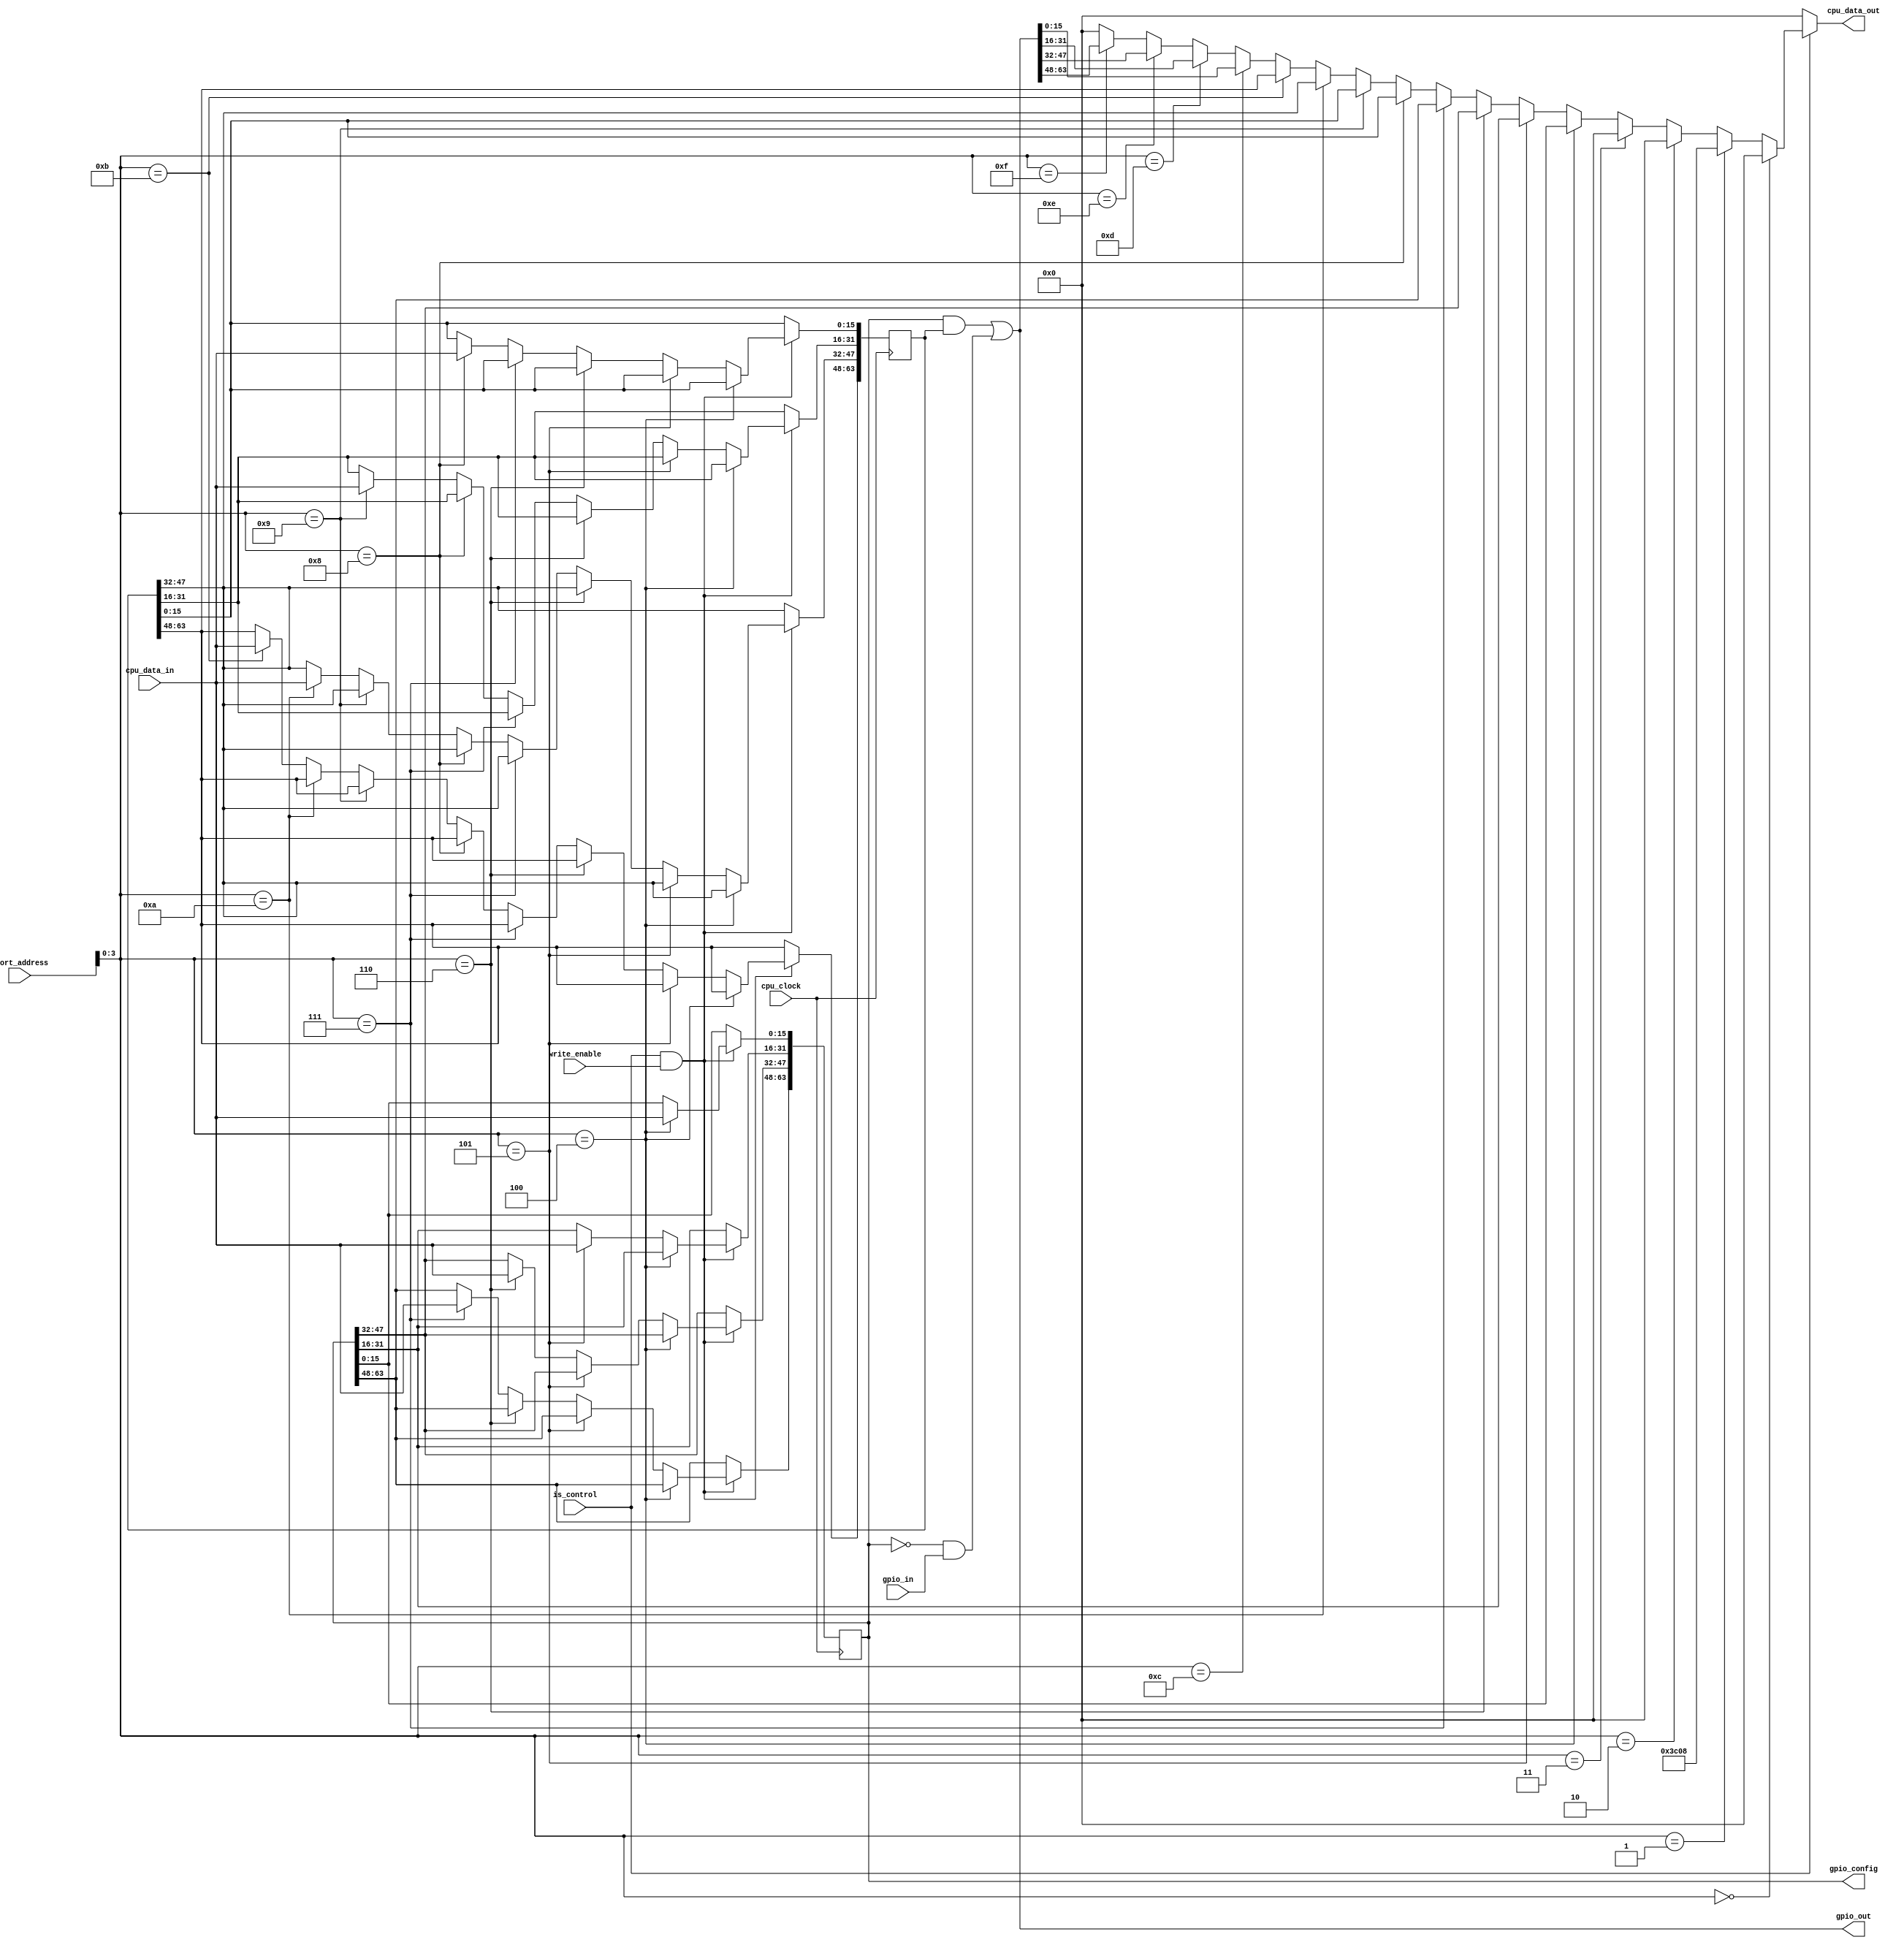
module gpio_device(
    input cpu_clock,
    input write_enable,
    input is_control,
    input [7:0] short_address,
    input [15:0] cpu_data_in,
    output [15:0] cpu_data_out,
    input [63:0] gpio_in,
    output [63:0] gpio_out,
    output [63:0] gpio_config,
);
    parameter PINS = 16;
    parameter DEVICE_ID = 16'h0;
    parameter DEVICE_TYPE = 8'h8;

    wire [5:0] pin_count = PINS - 1;

    reg [63:0] config_reg = 64'h0;
    assign gpio_config = config_reg;
    reg [63:0] outputs = 64'h0;
    assign gpio_out = (config_reg & outputs) | (~config_reg & gpio_in);

    wire control_write = is_control & write_enable;
    wire [3:0] control_address = short_address[3:0];

    wire [7:0] flags = { pin_count, 2'h0 };
    wire [15:0] control_read =
        control_address == 4'h0 ? DEVICE_ID :
        control_address == 4'h1 ? { flags, DEVICE_TYPE } :
        control_address == 4'h2 ? 16'h0 :
        control_address == 4'h3 ? 16'h0 :
        control_address == 4'h4 ? gpio_config[15:0] :
        control_address == 4'h5 ? gpio_config[31:16]:
        control_address == 4'h6 ? gpio_config[47:32]:
        control_address == 4'h7 ? gpio_config[63:48]:
        control_address == 4'h8 ? outputs[15:0] :
        control_address == 4'h9 ? outputs[31:0] :
        control_address == 4'hA ? outputs[47:32] :
        control_address == 4'hB ? outputs[63:48] :
        control_address == 4'hC ? gpio_out[15:0] :
        control_address == 4'hD ? gpio_out[31:16] :
        control_address == 4'hE ? gpio_out[47:32] :
        control_address == 4'hF ? gpio_out[63:48] : 16'h0;

    assign cpu_data_out = is_control ? control_read : 16'h0;
    always @(posedge cpu_clock) begin
      if(control_write) begin
        if(control_address == 4'h4)
          config_reg[15:0] <= cpu_data_in;
        else if(control_address == 4'h5)
          config_reg[31:16] <= cpu_data_in;
        else if(control_address == 4'h6)
          config_reg[47:32] <= cpu_data_in;
        else if(control_address == 4'h7)
          config_reg[63:48] <= cpu_data_in;
        else if(control_address == 4'h8)
          outputs[15:0] <= cpu_data_in;
        else if(control_address == 4'h9)
          outputs[31:16] <= cpu_data_in;
        else if(control_address == 4'hA)
          outputs[47:32] <= cpu_data_in;
        else if(control_address == 4'hB)
          outputs[63:48] <= cpu_data_in;
      end
    end
endmodule